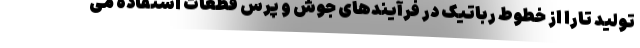
تولید تارا از خطوط رباتیک در فرآیندهای جوش و پرس قطعات استفاده می